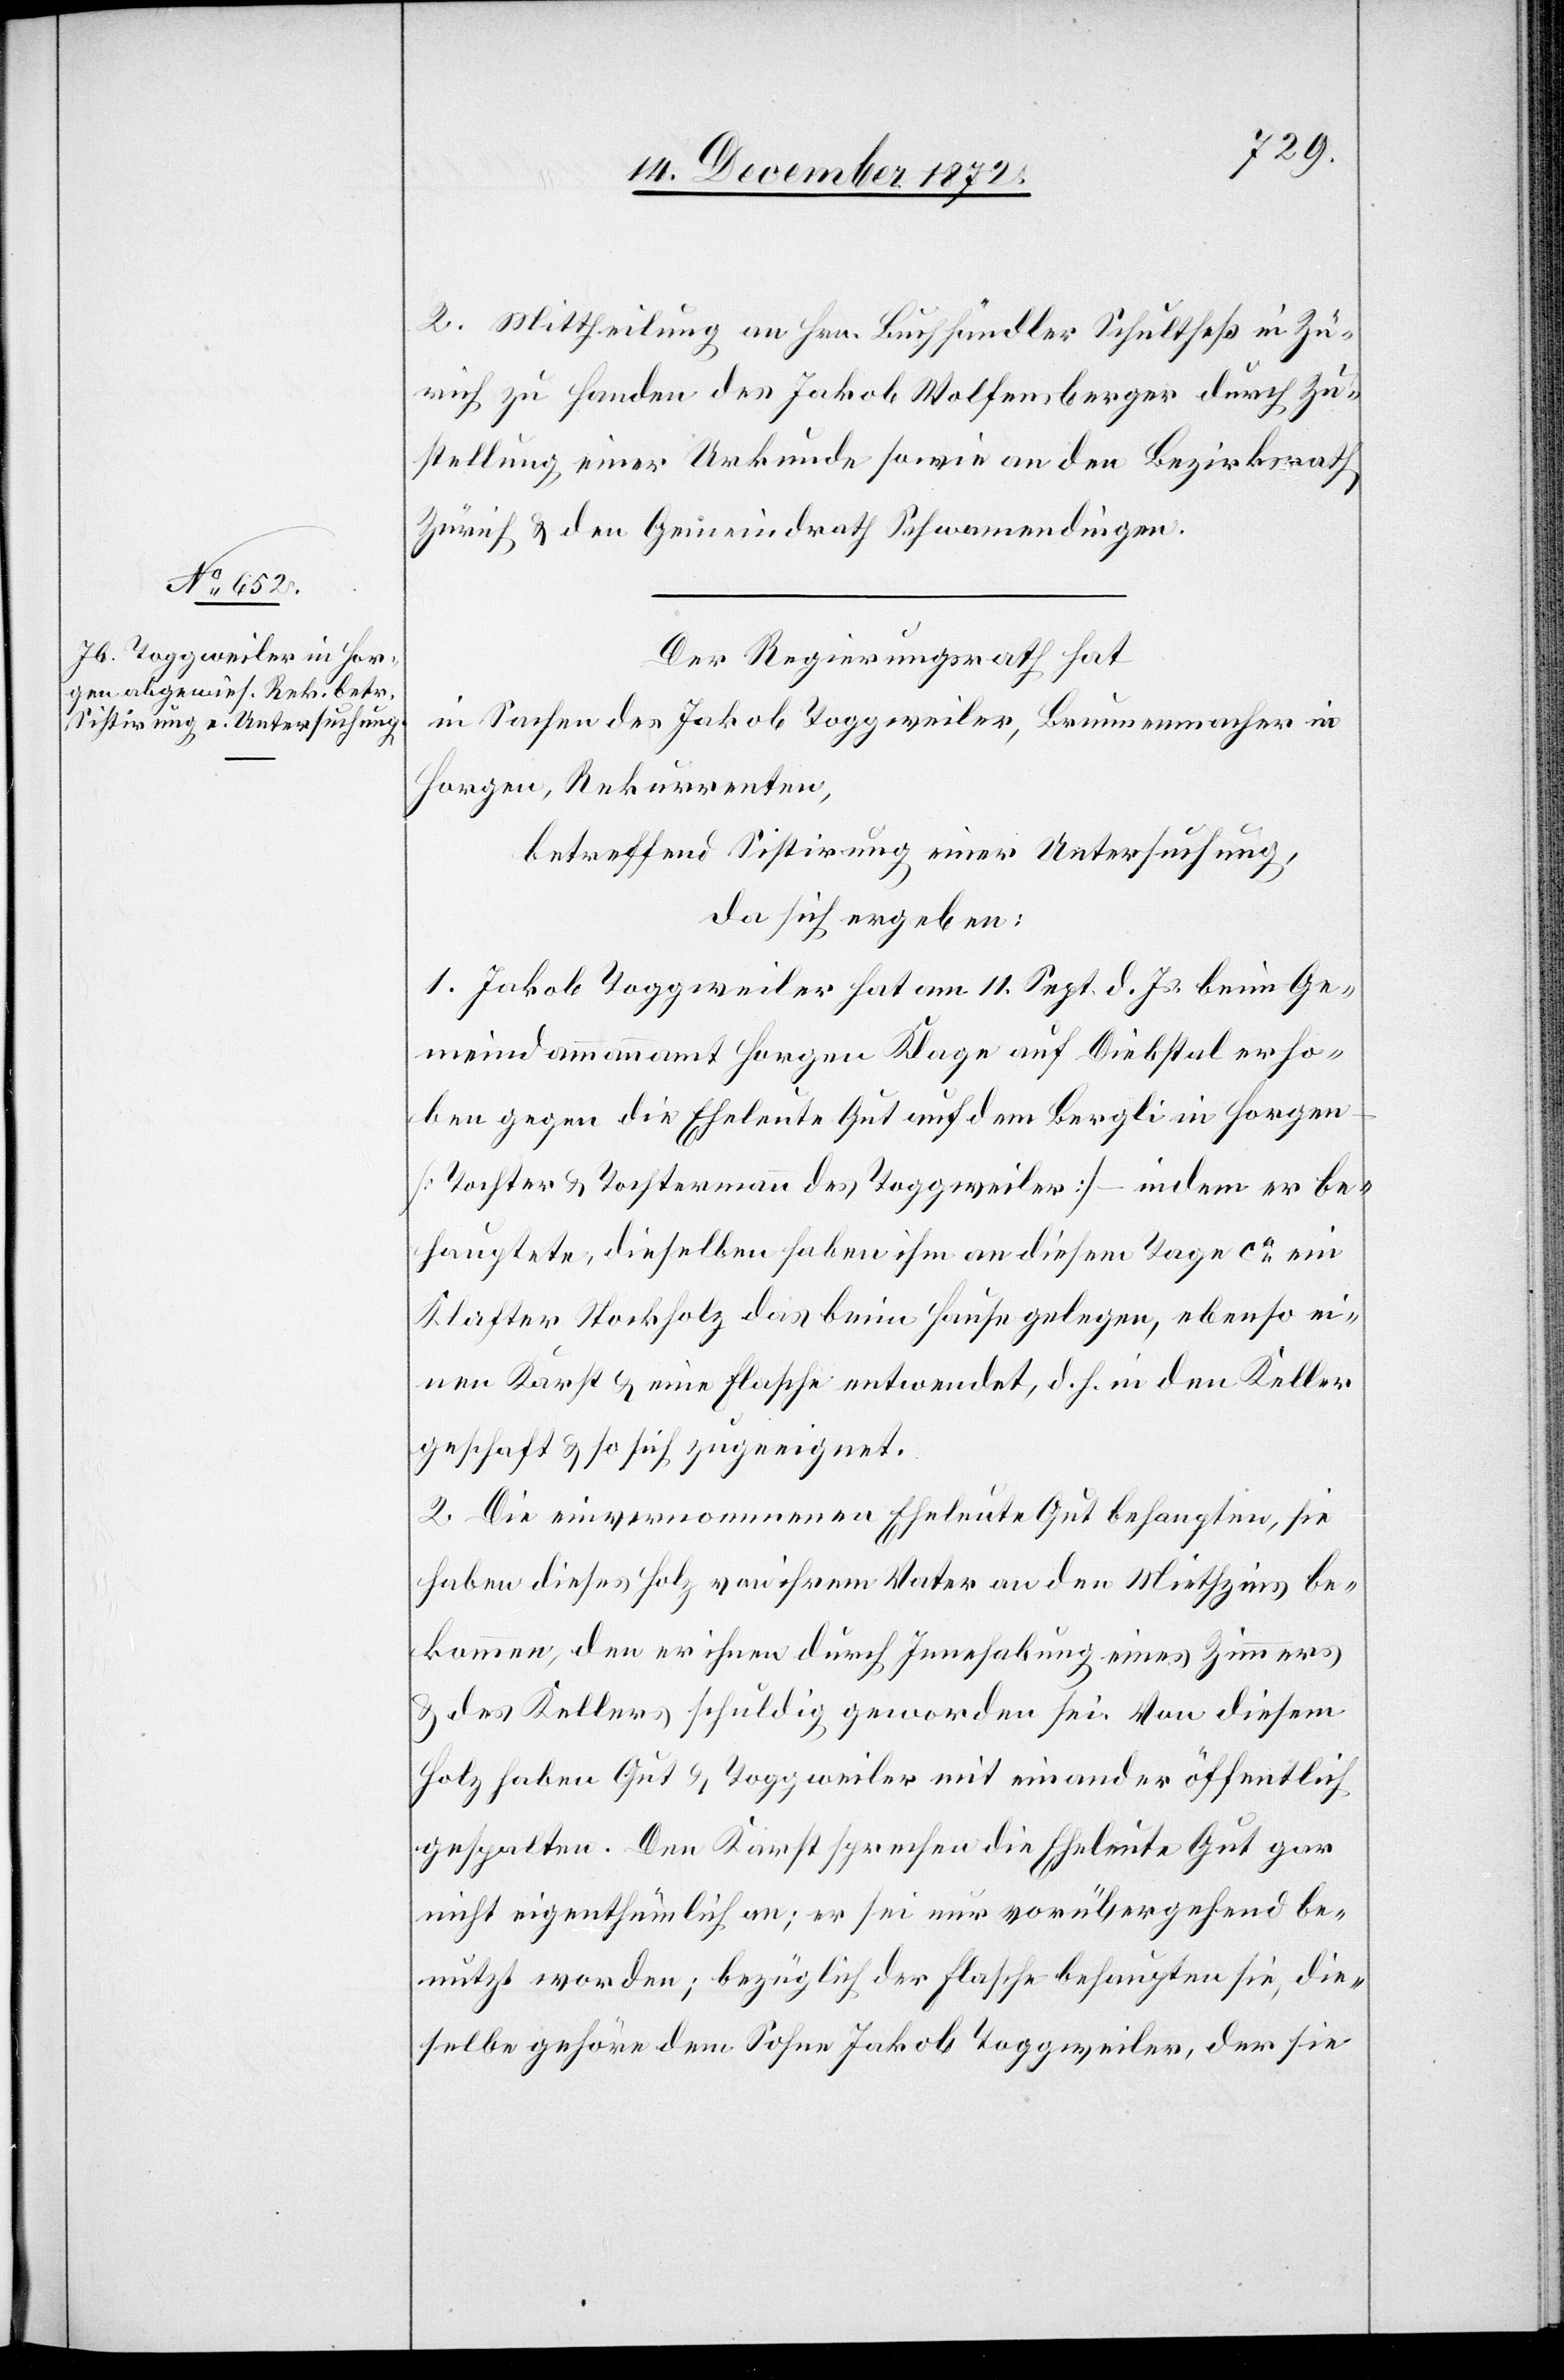
2. Mittheilung an Hrn. Buchhändler Schultheß in Zü¬
rich zu Handen des Jakob Wolfensberger durch Zu¬
stellung einer Urkunde sowie an den Bezirksrath
Zürich u. den Gemeindrath Schwamendingen.
Der Regierungsrath hat
in Sachen des Jakob Toggweiler, Brunnenmacher in
Horgen, Rekurrenten,
betreffend Sistirung einer Untersuchung,
da sich ergeben:
1. Jakob Toggweiler hat am 11. Sept. d. Js. beim Ge¬
meindammannamt Horgen Klage auf Diebstal erho¬
ben gegen die Eheleute Gut auf dem Bergli in Horgen
[Tochter u. Tochtermann des Toggweiler] – indem er be¬
hauptete, dieselben haben ihm an diesem Tage ca ein
Klafter Stockholz das beim Hause gelegen, ebenso ei¬
nen Karst u. eine Flasche entwendet, d. h. in den Keller
geschaft [sic!] u. so sich zugeeignet.
2. Die einvernommenen Eheleute Gut behaupten, sie
haben dieses Holz von ihrem Vater an den Miethzins be¬
kommen, den er ihnen durch Innehabung eines Zimmers
u. des Kellers schuldig geworden sei. Von diesem
Holz haben Gut u. Toggweiler mit einander öffentlich
gespalten. Den Karst sprechen die Eheleute Gut gar
nicht eigenthümlich an er sei nur vorübergehend be¬
nutzt worden; bezüglich der Flasche behaupten sie, die¬
selbe gehöre dem Sohne Jakob Toggweiler, der sie